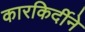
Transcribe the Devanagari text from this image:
कारकिर्दीने